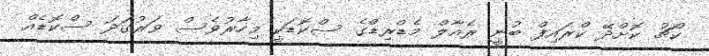
ކޯޗު ކޮށްދޭ ކްރައިފް ބުނީ ރެއާލް މެޑްރިޑްގެ ސްކޮޑަކީ މިހާރުވެސް ވަރުގަދަ ސްކޮޑެއް